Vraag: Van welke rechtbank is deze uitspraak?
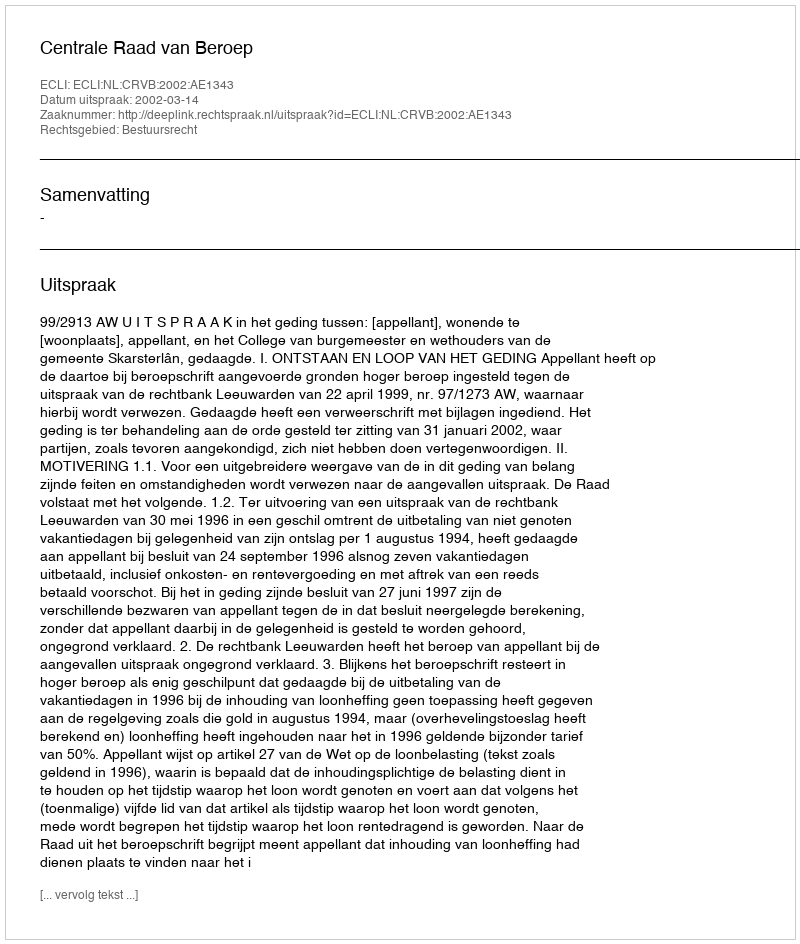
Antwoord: Centrale Raad van Beroep